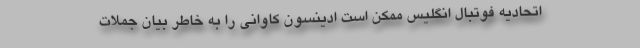
اتحادیه فوتبال انگلیس ممکن است ادینسون کاوانی را به خاطر بیان جملات